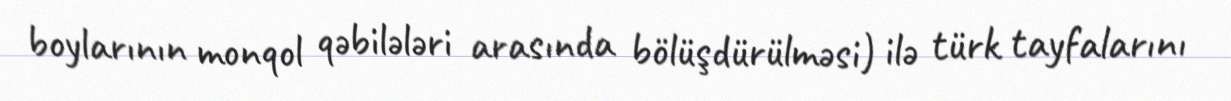
boylarının monqol qəbilələri arasında bölüşdürülməsi) ilə türk tayfalarını